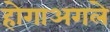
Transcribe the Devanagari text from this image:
होगाअगले